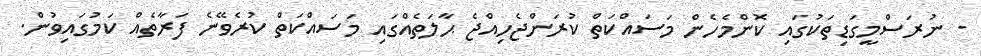
- ނުރަސްމީގަޑިތަކުގައި ކޮންމެހެން މަސައްކަތް ކުރަންޖެހިއްޖެ ޙާލަތެއްގައި މަސައްކަތް ކުރެވޭނެ ފަރާތެއް ކަމުގައިވުން.